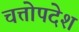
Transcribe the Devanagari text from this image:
चत्तोपदेश